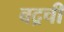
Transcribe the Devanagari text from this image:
बद्रची